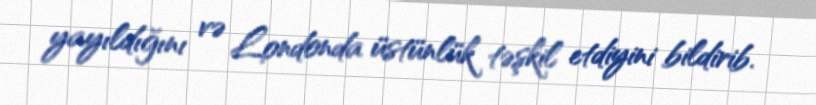
yayıldığını və Londonda üstünlük təşkil etdiyini bildirib.